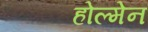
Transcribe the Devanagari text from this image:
होल्मेन